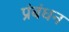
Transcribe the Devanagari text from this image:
प्रंबंधन